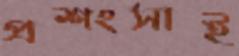
প্রশংসাই